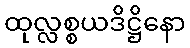
ထုလ္လစ္စယဒိဋ္ဌိနော